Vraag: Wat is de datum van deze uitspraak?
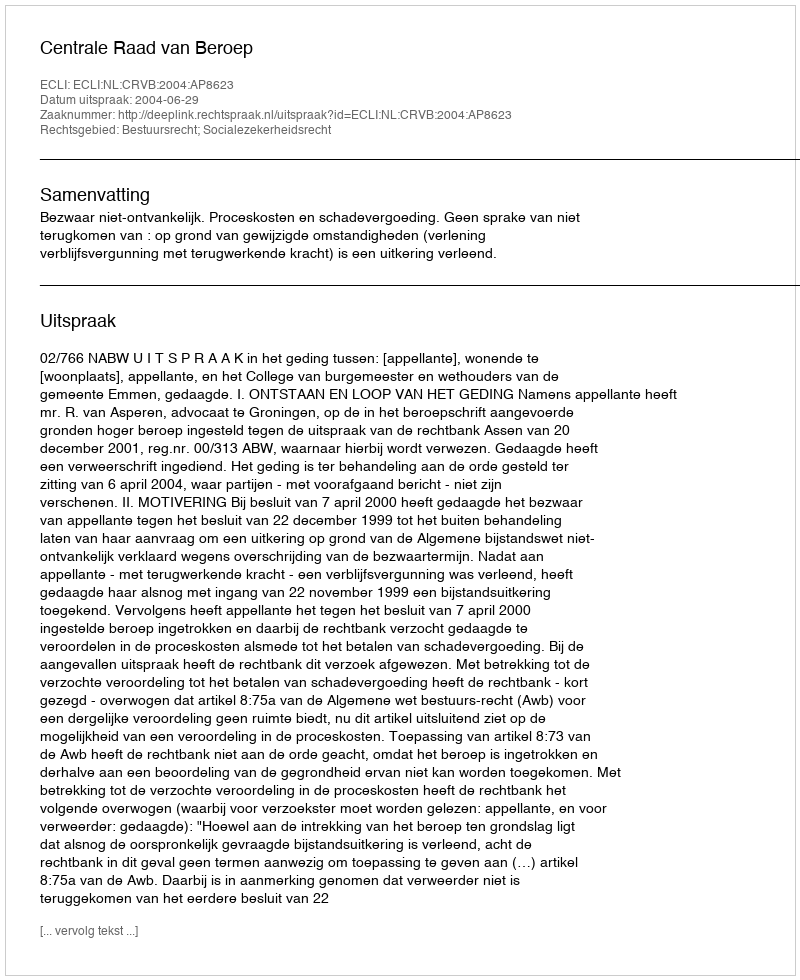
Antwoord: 2004-06-29